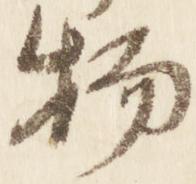
物